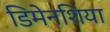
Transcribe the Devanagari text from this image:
डिमेनशिया